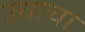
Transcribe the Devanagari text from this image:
उधाचा